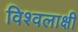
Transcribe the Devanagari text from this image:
विश्वलाक्षी